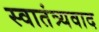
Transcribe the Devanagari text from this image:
स्वातंत्र्यवाद